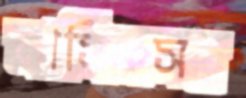
নাসিমসহ